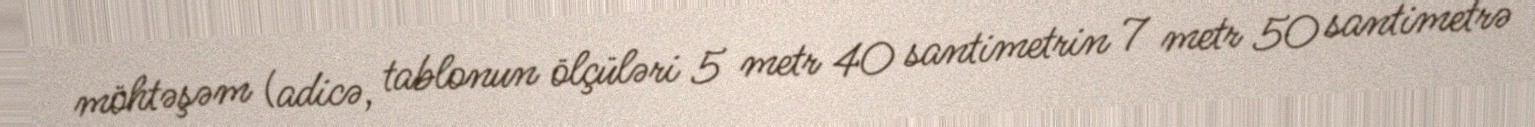
möhtəşəm (adicə, tablonun ölçüləri 5 metr 40 santimetrin 7 metr 50 santimetrə